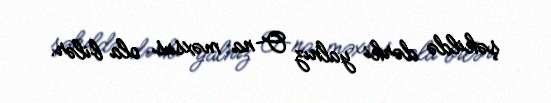
şəkildə dərki yalnız O-na məxsus ola bilər.